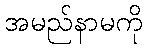
အမည်နာမကို